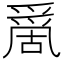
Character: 𠾄